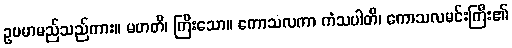
ဥပမာမည်သည်ကား။ မဟတိ၊ ကြီးသော။ ကောသလကာ ကံသပါတိ၊ ကောသလမင်းကြီး၏